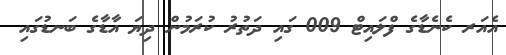
އެއަރ ކެނެޑާގެ ފްލައިޓް 009 ގައި ދަތުރު ކުރަމުން ދިޔަ އާޑާގެ ބަނޑުގައި